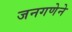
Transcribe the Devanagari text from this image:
जनगणेने